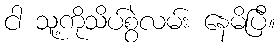
ငါ သူ့ကိုသိပ်စွဲလမ်း နေမိပြီ။